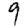
Digit: 9